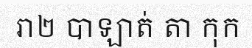
រា២ បាឡាត់ តា កុក